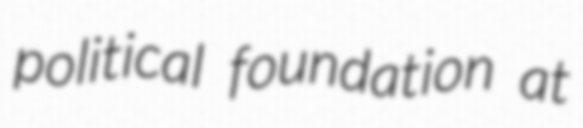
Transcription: political foundation at